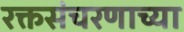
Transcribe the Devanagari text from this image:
रक्तसंचरणाच्या